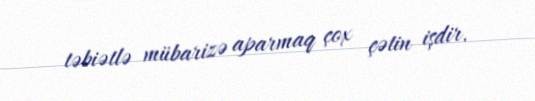
təbiətlə mübarizə aparmaq çox çətin işdir.